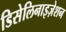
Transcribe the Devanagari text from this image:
डिसेलिनाइज़ेशन